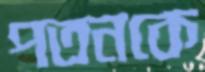
পতনকে